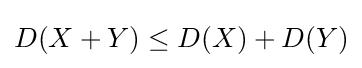
D(X+Y)\leq D(X)+D(Y)